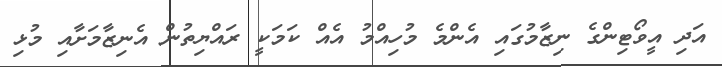
އަދި އީވޯޓިންގެ ނިޒާމުގައި އެންމެ މުހިއްމު އެއް ކަމަކީ ރައްޔިތުން އެނިޒާމަށާއި މުޅި